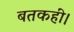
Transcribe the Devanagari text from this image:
बतकहीं।